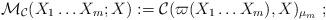
LaTeX: \begin{align*}\mathcal M_{\mathcal C}(X_1\dots X_m;X):= \mathcal C(\varpi(X_1\dots X_m),X)_{\mu_m}\ ;\end{align*}